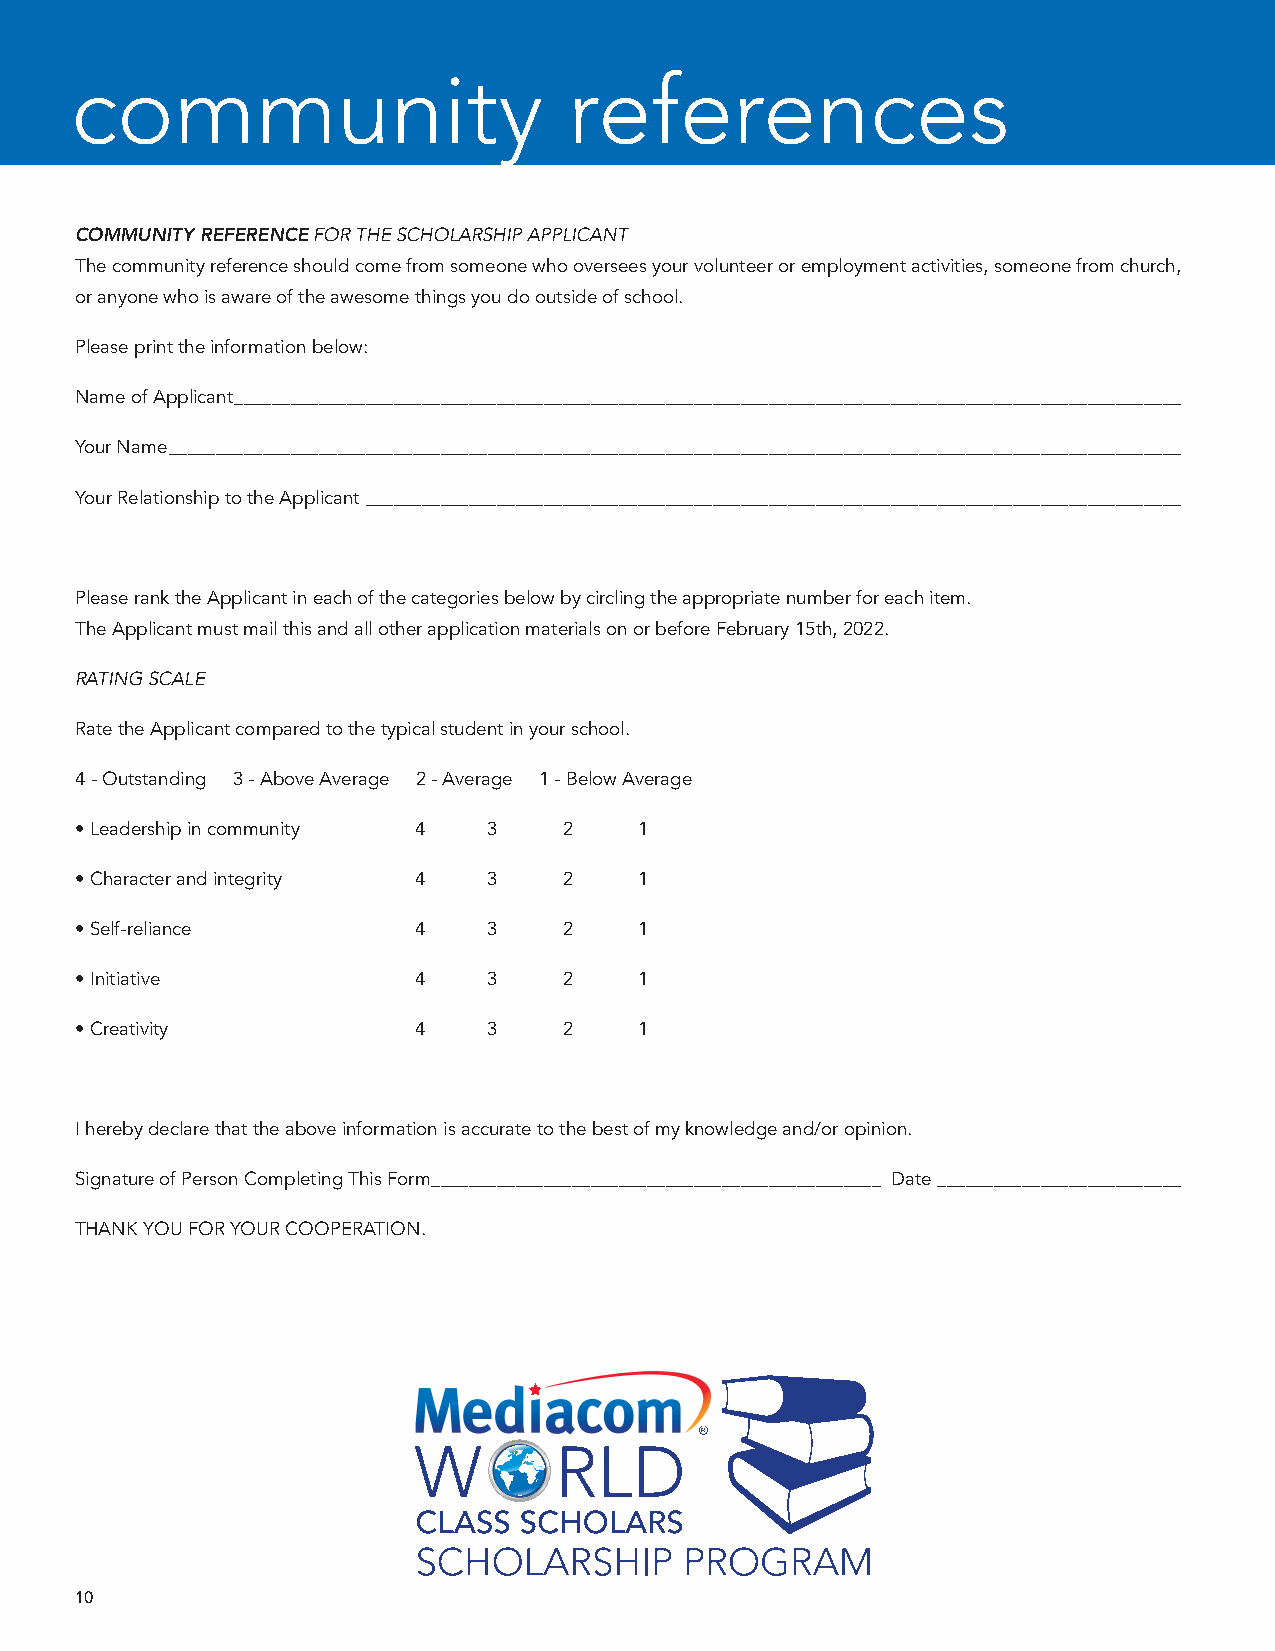
community                        references
 COMMUNITY REFERENCE FOR THE SCHOLARSHIP APPLICANT
 The community reference should come from someone who oversees your volunteer or employment activities, someone from church,
 or anyone who is aware of the awesome things you do outside of school.
 Please print the information below:
 Name of Applicant _____________________________________________________________________________________________________
 Your Name ____________________________________________________________________________________________________________
 Your Relationship to the Applicant _______________________________________________________________________________________
 Please rank the Applicant in each of the categories below by circling the appropriate number for each item.
 The Applicant must mail this and all other application materials on or before February 15th, 2022.
 RATING SCALE
 Rate the Applicant compared to the typical student in your school.
 4 - Outstanding 3 - Above Average 2 - Average 1 - Below Average
 • Leadership in community 4 3   2    1
 • Character and integrity 4 3   2    1
 • Self-reliance       4    3    2    1
 • Initiative          4    3    2    1
 • Creativity          4    3    2    1
 I hereby declare that the above information is accurate to the best of my knowledge and/or opinion.
 Signature of Person Completing This Form ________________________________________________ Date __________________________
 THANK YOU FOR YOUR COOPERATION.
 10